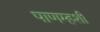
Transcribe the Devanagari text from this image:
पाणम्हशी